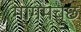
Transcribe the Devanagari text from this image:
मागमच्छ